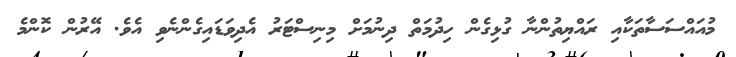
މުއައްސަސާތަކާއި ރައްޔިތުންނާ ގުޅިގެން ހިދުމަތް ދިނުމަށް މިނިސްޓަރު އެދިވަޑައިގެންނެވި އެވެ. އޭރުން ކޮންމެ